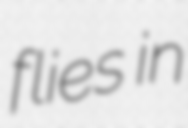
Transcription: flies in